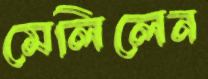
মেলিলেন